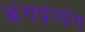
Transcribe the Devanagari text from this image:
अंगप्रत्यंग